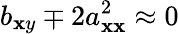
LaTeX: b_{\mathbf{x}y}\mp2a_{\mathbf{x}\mathbf{x}}^{2}\approx0